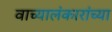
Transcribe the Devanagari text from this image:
वाच्यालंकारांच्या